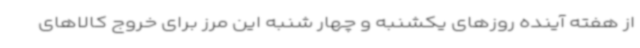
از هفته آینده روزهای یکشنبه و چهار شنبه این مرز برای خروج کالاهای